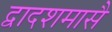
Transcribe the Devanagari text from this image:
द्वादशमासै